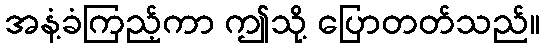
အနံ့ခံကြည့်ကာ ဤသို့ ပြောတတ်သည်။